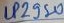
Text: LP2950